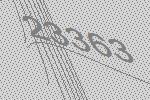
23363